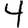
Digit: 4